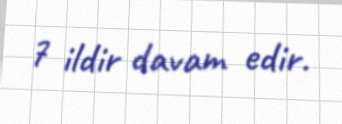
7 ildir davam edir.